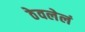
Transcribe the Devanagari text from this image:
ठेवलेलं